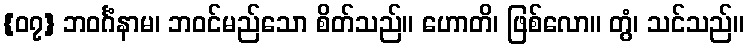
{၀၇} ဘဝင်္ဂံနာမ၊ ဘဝင်မည်သော စိတ်သည်။ ဟောတိ၊ ဖြစ်လော။ တွံ၊ သင်သည်။